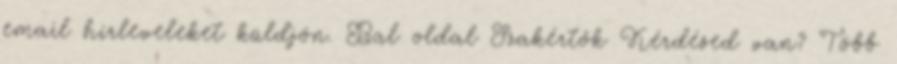
email hírleveleket küldjön. Bal oldal Szakértők Kérdésed van? Több